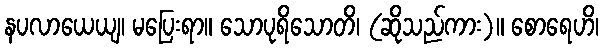
နပလာယေယျ၊ မပြေးရာ။ သောပုရိသောတိ၊ (ဆိုသည်ကား)။ စောရေဟိ၊